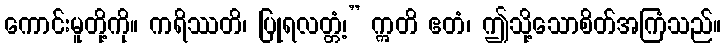
ကောင်းမူတို့ကို။ ကရိဿတိ၊ ပြုရလတ္တံ့၊” ဣတိ ဧတံ၊ ဤသို့သောစိတ်အကြံသည်။